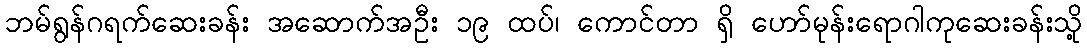
ဘမ်ရွန်ဂရက်ဆေးခန်း အဆောက်အဦး ၁၉ ထပ်၊ ကောင်တာ ရှိ ဟော်မုန်းရောဂါကုဆေးခန်းသို့